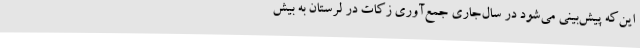
این‌که پیش‌بینی می‌شود در سال‌جاری جمع‌آوری زکات در لرستان به بیش